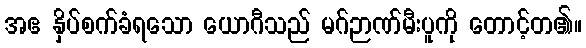
အဧ နှိပ်စက်ခံရသော ယောဂီသည် မဂ်ဉာဏ်မီးပူကို တောင့်တ၏။